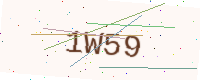
Text: 1W59